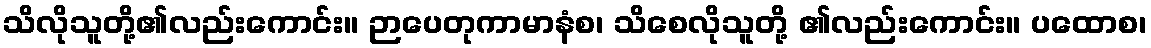
သိလိုသူတို့၏လည်းကောင်း။ ဉာပေတုကာမာနံစ၊ သိစေလိုသူတို့ ၏လည်းကောင်း။ ပထောစ၊